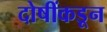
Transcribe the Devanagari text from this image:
दोषींकडून